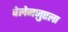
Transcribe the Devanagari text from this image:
वेलेनज़ुएला